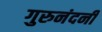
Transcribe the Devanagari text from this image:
गुरुनंदनी